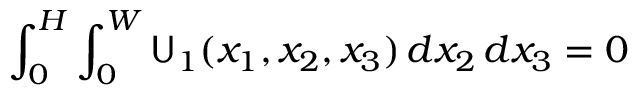
\displaystyle \int _ { 0 } ^ { H } \int _ { 0 } ^ { W } { \mathsf { U } _ { 1 } } ( x _ { 1 } , x _ { 2 } , x _ { 3 } ) \, d x _ { 2 } \, d x _ { 3 } = 0